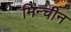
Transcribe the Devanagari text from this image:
मिन्चीन